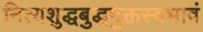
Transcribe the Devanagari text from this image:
नित्यशुद्धबुद्धमुक्तस्वभावं